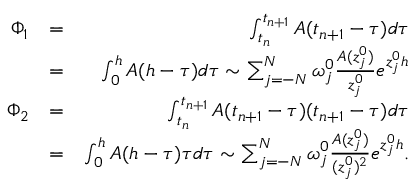
\begin{array} { r l r } { \Phi _ { 1 } } & { = } & { \int _ { t _ { n } } ^ { t _ { n + 1 } } A ( t _ { n + 1 } - \tau ) d \tau } \\ & { = } & { \int _ { 0 } ^ { h } A ( h - \tau ) d \tau \sim \sum _ { j = - N } ^ { N } \omega _ { j } ^ { 0 } \frac { A ( z _ { j } ^ { 0 } ) } { z _ { j } ^ { 0 } } e ^ { z _ { j } ^ { 0 } h } } \\ { \Phi _ { 2 } } & { = } & { \int _ { t _ { n } } ^ { t _ { n + 1 } } A ( t _ { n + 1 } - \tau ) ( t _ { n + 1 } - \tau ) d \tau } \\ & { = } & { \int _ { 0 } ^ { h } A ( h - \tau ) \tau d \tau \sim \sum _ { j = - N } ^ { N } \omega _ { j } ^ { 0 } \frac { A ( z _ { j } ^ { 0 } ) } { ( z _ { j } ^ { 0 } ) ^ { 2 } } e ^ { z _ { j } ^ { 0 } h } . } \end{array}